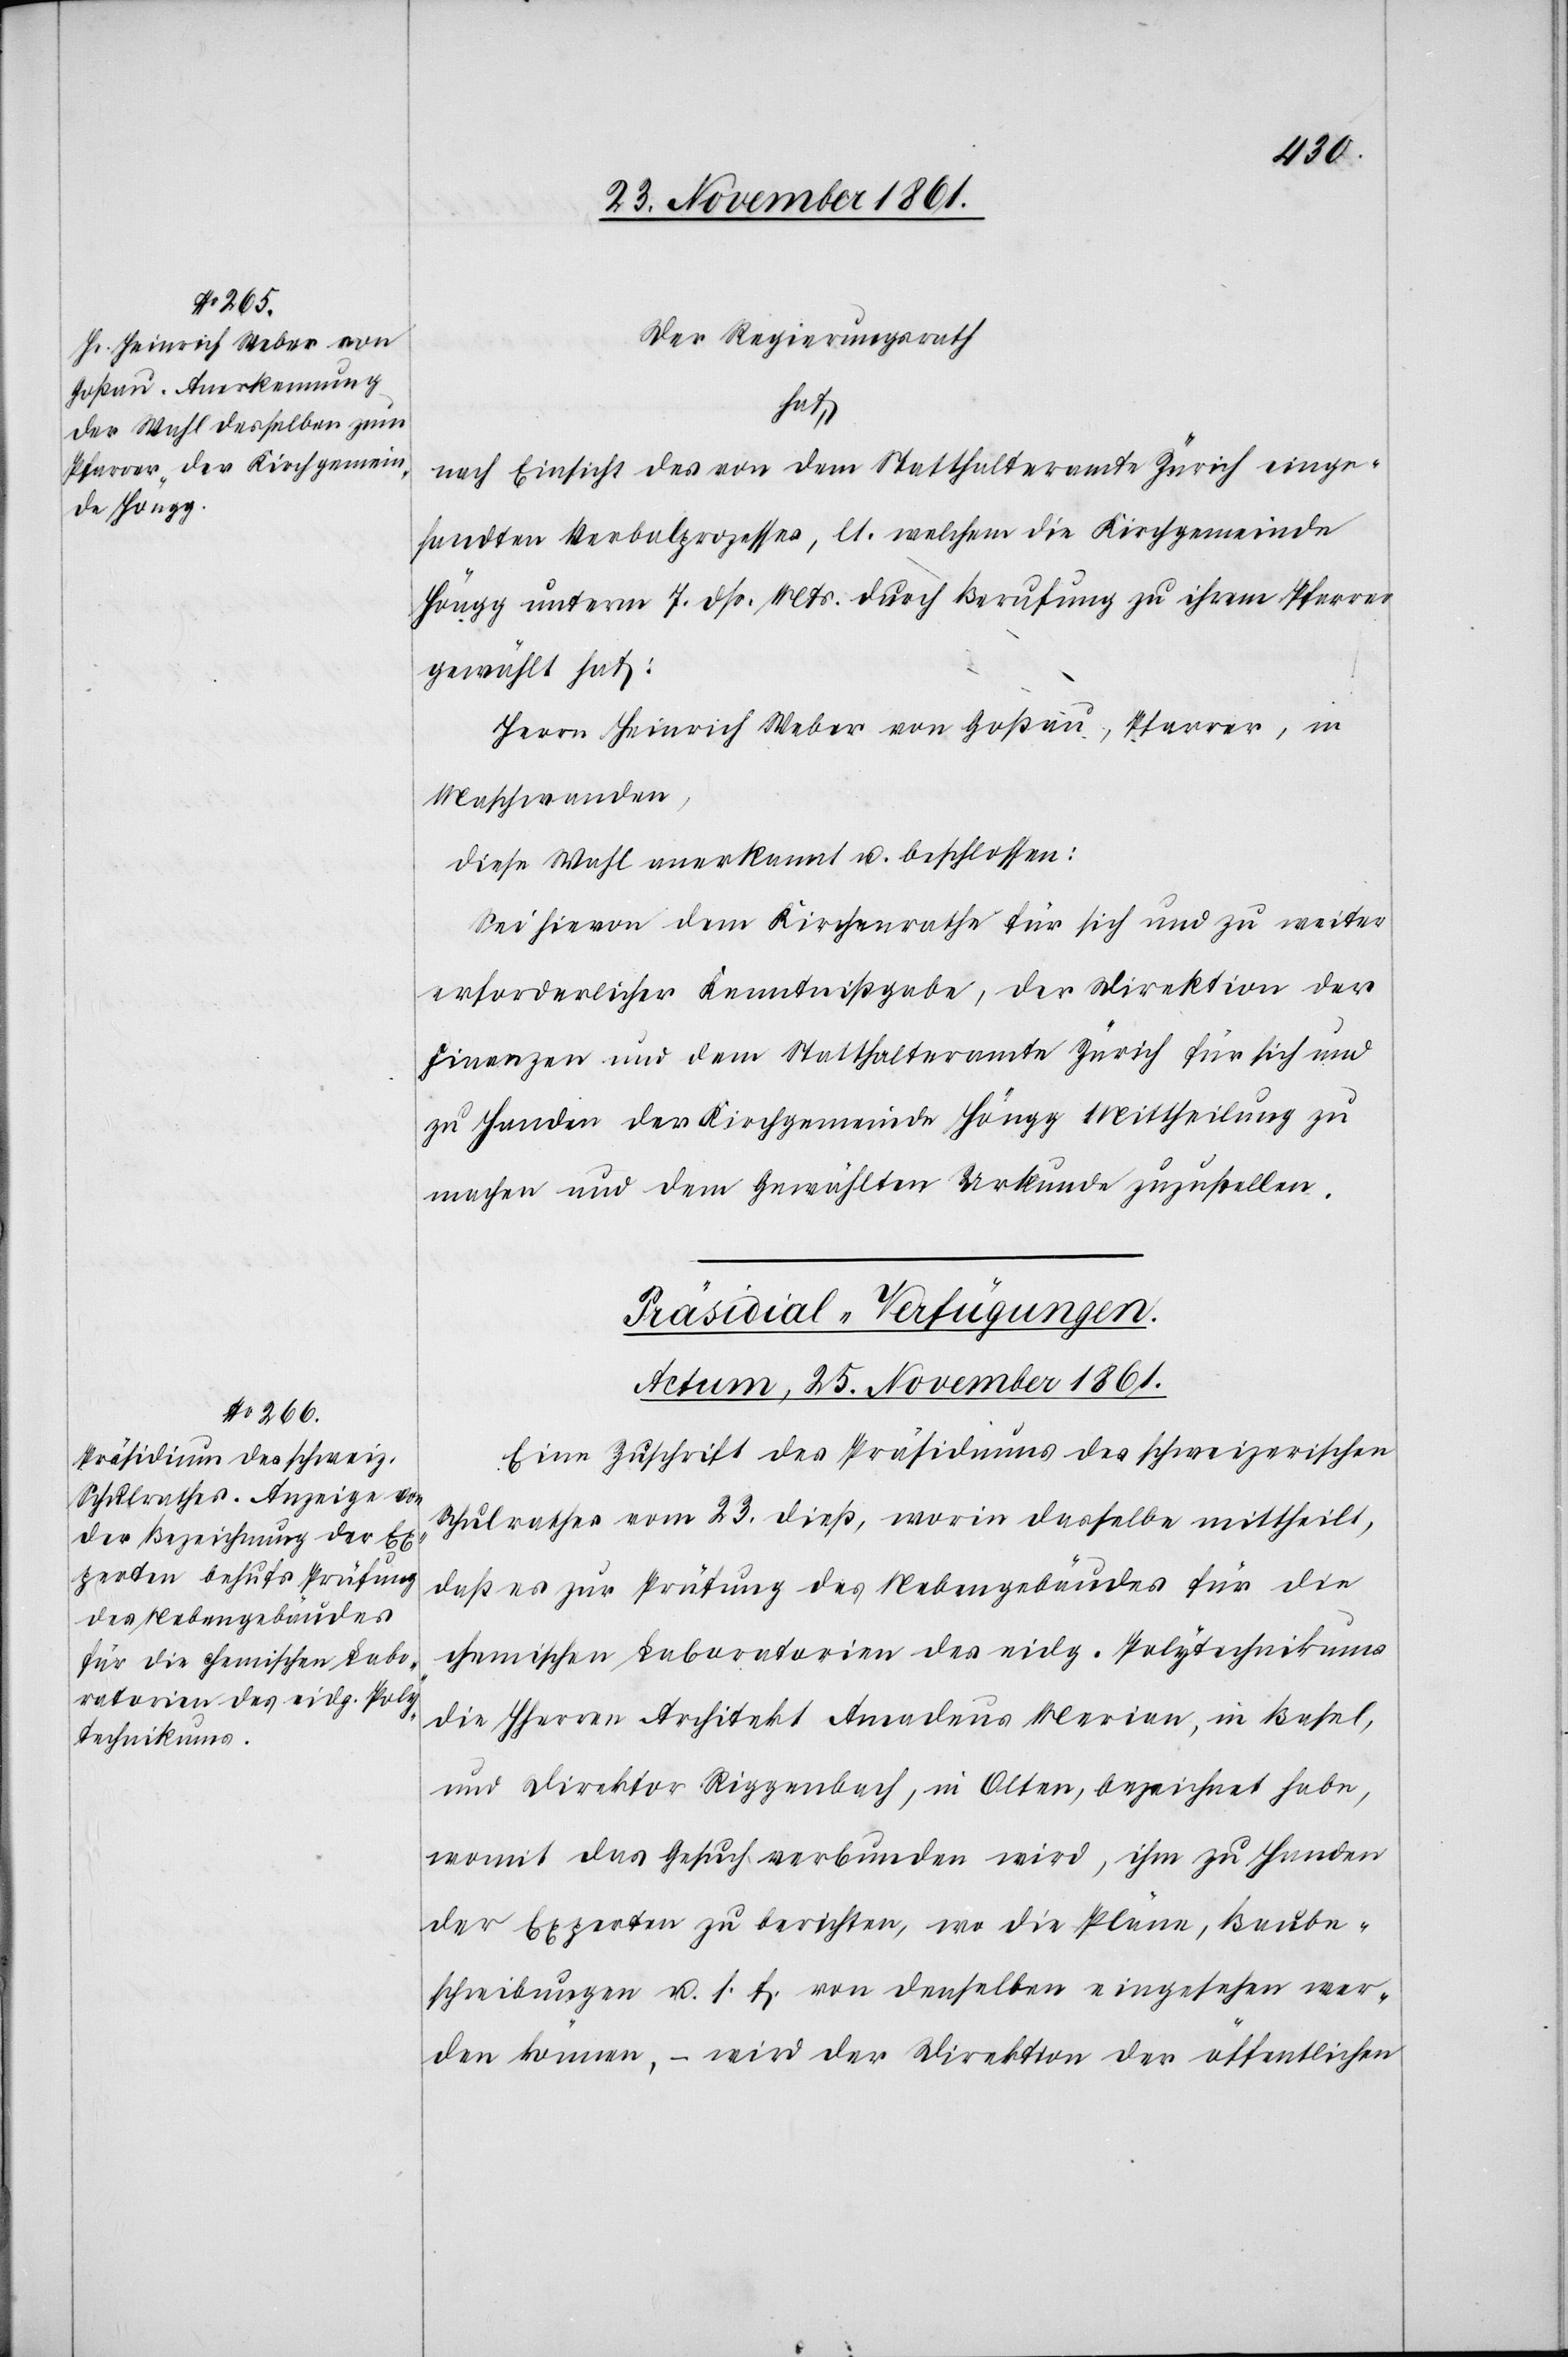
Der Regierungsrath
hat,
nach Einsicht des von dem Statthalteramte Zürich einge¬
sandten Verbalprozesses, lt. welchem die Kirchgemeinde
Höngg unterm 7 dß. Mts. durch Berufung zu ihrem Pfarrer
gewählt hat:
Herrn Heinrich Weber von Goßau, Pfarrer, in
Maschwanden,
diese Wahl anerkannt u. beschlossen:
Sei hievon dem Kirchenrathe für sich und zu weiter
erforderlichen Kenntnißgabe, der Direktion der
Finanzen und dem Statthalteramte Zürich für sich und
zu Handen der Kirchgemeinde Höngg Mittheilung zu
machen und dem Gewählten Urkunde zuzustellen.